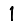
Digit: 1